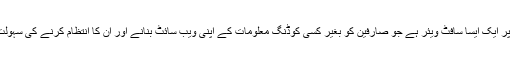
WordPress ہے دنیا کا سب سے مشہور CMS (مشمولات کا نظم و نسق کا نظام). ایک سی ایم ایس بنیادی طور پر ایک ایسا سافٹ ویئر ہے جو صارفین کو بغیر کسی کوڈنگ معلومات کے اپنی ویب سائٹ بنانے اور ان کا انتظام کرنے کی سہولت دیتا ہے۔